Vaccination in Burma 1920-1933 - 1920-1933
Year: 1920
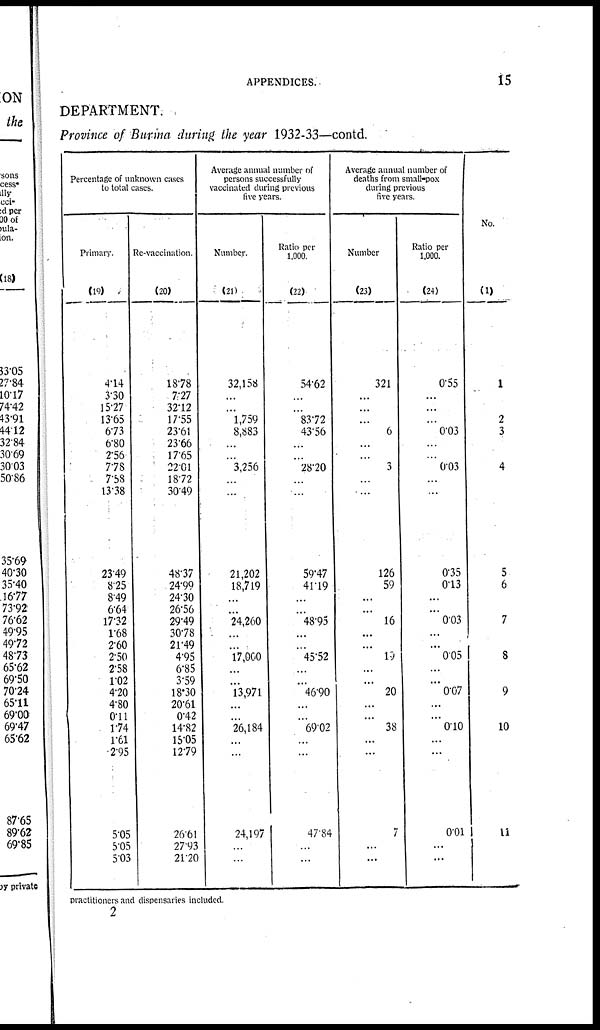
APPENDICES.
15
DEPARTMENT.
Province of Burma during the year 1932-33—contd.
Percentage of unknown cases
to total cases.
Primary.
(19)
4.14
3.30
15.27
13.65
6.73
6.80
2.56
7.78
7.58
13.38
23.49
8.25
8.49
6.64
17.32
1.68
2.60
2.50
2.58
1.02
4.20
4.80
0.11
1.74
1.61
2.95
5.05
5.05
5.03
Re-vaccination.
(20)
18.78
7.27
32.12
17.55
23.61
23.66
17.65
22.01
18.72
30.49
48.37
24.99
24.30
26.56
29.49
30.78
21.49
4.95
6.85
3.59
18.30
20.61
0.42
14.82
15.05
12.79
26.61
27.93
21.20
Average annual number of
persons successfully
vaccinated during previous
five years.
Number.
(21)
32,158
...
...
1,759
8,883
...
...
3,256
...
...
21,202
18,719
...
...
24,260
...
...
17,000
...
...
13,971
...
...
26,184
...
...
24,197
...
...
Ratio per
1.000.
(22)
54.62
...
...
83.72
43.56
...
...
28.20
...
...
59.47
41.19
...
...
48.95
...
...
45.52
...
...
46.90
...
...
69.02
...
...
47.84
...
...
Average annual number of
deaths from small-pox
during previous
five years.
Number
(23)
321
...
...
...
6
...
...
3
...
...
126
59
...
...
16
...
...
19
...
...
20
...
...
38
...
...
7
...
...
Ratio per
1,000.
(24)
0.55
...
...
...
0.03
...
...
0.03
...
...
0.35
0.13
...
...
0.03
...
...
0.05
...
...
0.07
...
...
0.10
...
...
0.01
...
...
No.
(1)
1
2
3
4
5
6
7
8
9
10
1 1
practitioners and dispensaries included.
2